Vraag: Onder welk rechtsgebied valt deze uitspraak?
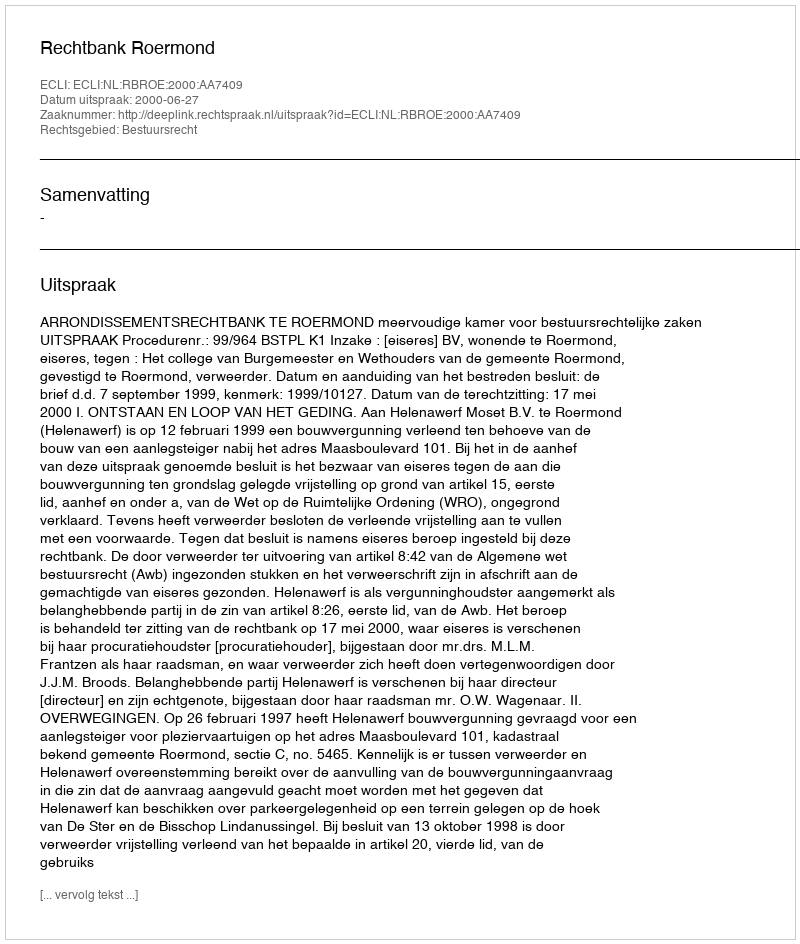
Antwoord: Bestuursrecht